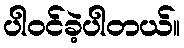
ပါဝင်ခဲ့ပါတယ်။